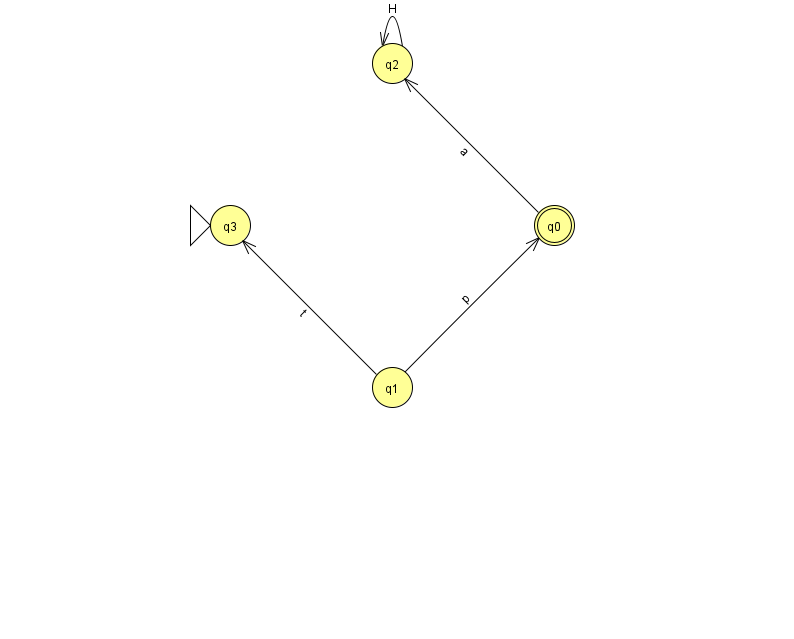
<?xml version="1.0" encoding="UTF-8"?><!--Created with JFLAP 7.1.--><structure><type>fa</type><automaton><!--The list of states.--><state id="0" name="q0"><x>554.0</x><y>212.0</y><final/></state><state id="1" name="q1"><x>392.0</x><y>374.0</y></state><state id="2" name="q2"><x>392.0</x><y>50.0</y></state><state id="3" name="q3"><x>230.0</x><y>212.0</y><initial/></state><!--The list of transitions.--><transition><from>0</from><to>2</to><read>a</read></transition><transition><from>1</from><to>3</to><read>t</read></transition><transition><from>2</from><to>2</to><read>H</read></transition><transition><from>1</from><to>0</to><read>p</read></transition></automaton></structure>